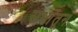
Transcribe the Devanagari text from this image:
सभांतून